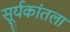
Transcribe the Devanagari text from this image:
सूर्यकांतला